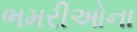
ભમરીઓના